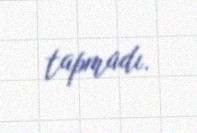
tapmadı.